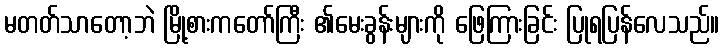
မတတ်သာတော့ဘဲ မြို့စားကတော်ကြီး ၏မေးခွန်းများကို ဖြေကြားခြင်း ပြုရပြန်လေသည်။